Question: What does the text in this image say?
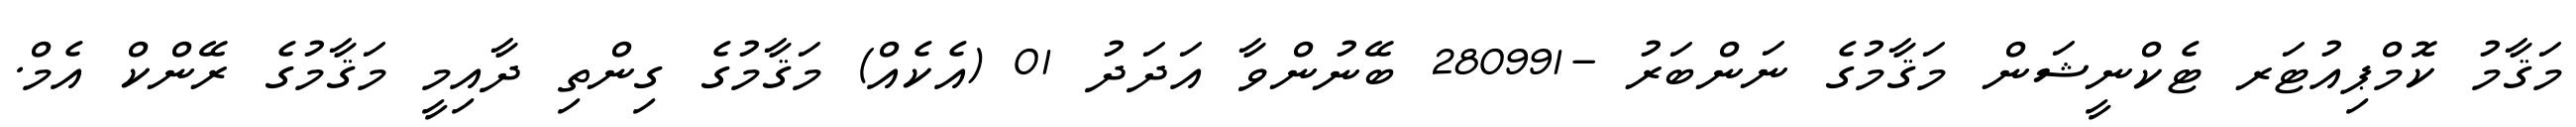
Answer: މަޤާމު ކޮމްޕިއުޓަރ ޓެކްނީޝަން މަޤާމުގެ ނަންބަރު -280991 ބޭނުންވާ އަދަދު 01 (އެކެއް) މަޤާމުގެ ގިންތި ދާއިމީ މަޤާމުގެ ރޭންކް އެމް.